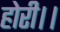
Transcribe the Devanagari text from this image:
होरी।।